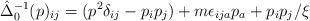
LaTeX: \begin{align*}\hat{\Delta}_0^{-1}(p)_{ij} = (p^2\delta_{ij} - p_ip_j)+ m\epsilon_{ija}p_a + p_ip_j/\xi\end{align*}